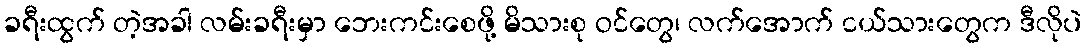
ခရီးထွက် တဲ့အခါ လမ်းခရီးမှာ ဘေးကင်းစေဖို့ မိသားစု ဝင်တွေ၊ လက်အောက် ငယ်သားတွေက ဒီလိုပဲ